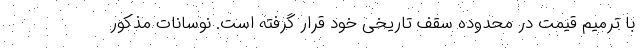
با ترمیم قیمت در محدوده سقف تاریخی خود قرار گرفته است. نوسانات مذکور